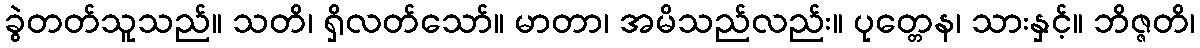
ခွဲတတ်သူသည်။ သတိ၊ ရှိလတ်သော်။ မာတာ၊ အမိသည်လည်း။ ပုတ္တေန၊ သားနှင့်။ ဘိဇ္ဇတိ၊